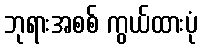
ဘုရားအစစ် ကွယ်ထားပုံ